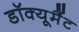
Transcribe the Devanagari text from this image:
डॉक्यूमैंट